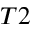
T 2